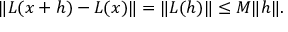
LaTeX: \| L ( x + h ) - L ( x ) \| = \| L ( h ) \| \leq M \| h \| .